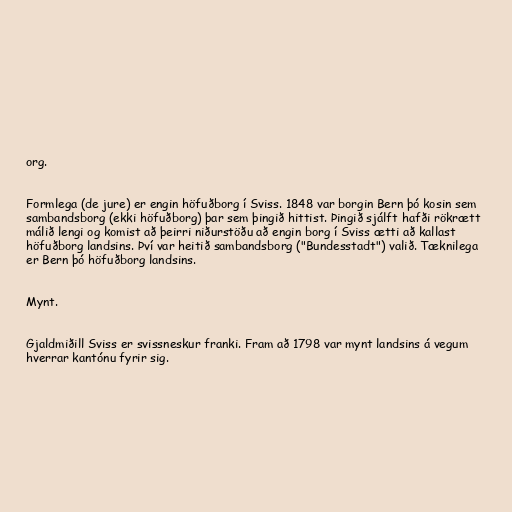
org.

Formlega (de jure) er engin höfuðborg í Sviss. 1848 var borgin Bern þó kosin sem
sambandsborg (ekki höfuðborg) þar sem þingið hittist. Þingið sjálft hafði rökrætt
málið lengi og komist að þeirri niðurstöðu að engin borg í Sviss ætti að kallast
höfuðborg landsins. Því var heitið sambandsborg ("Bundesstadt") valið. Tæknilega
er Bern þó höfuðborg landsins.

Mynt.

Gjaldmiðill Sviss er svissneskur franki. Fram að 1798 var mynt landsins á vegum
hverrar kantónu fyrir sig.